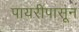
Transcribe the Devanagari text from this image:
पायरीपासून